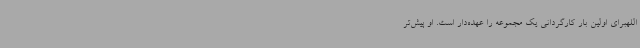
اللهبرای اولین بار کارگردانی یک مجموعه را عهده‌دار است. او پیش‌تر